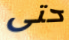
حتى